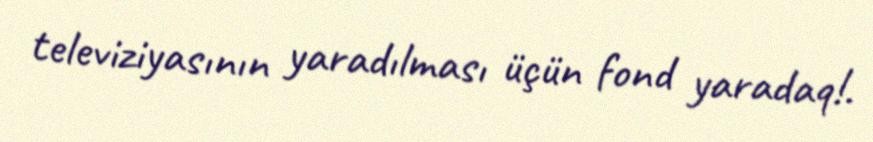
televiziyasının yaradılması üçün fond yaradaq!.